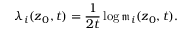
\lambda _ { i } ( \boldsymbol { z } _ { 0 } , t ) = \frac { 1 } { 2 t } \log \mathfrak { m } _ { i } ( \boldsymbol { z } _ { 0 } , t ) .